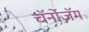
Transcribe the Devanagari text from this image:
चॅर्नोज़ॅम